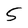
Character: 5